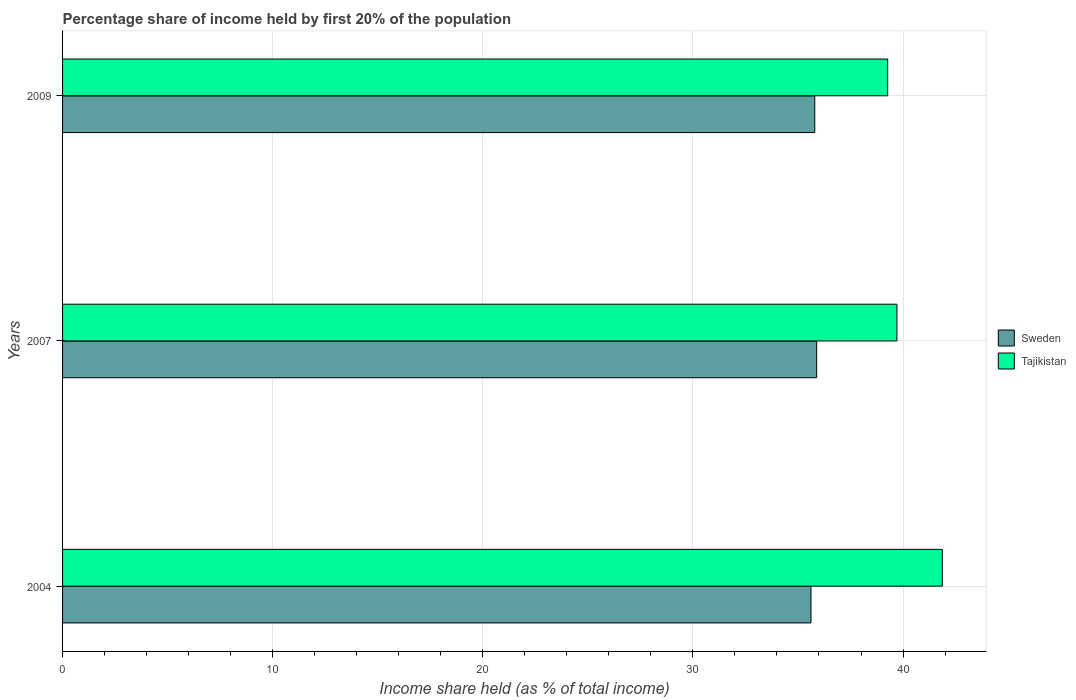
| Years | Sweden | Tajikistan |
 | --- | --- | --- |
 | 2004 | 35.6 | 41.9 |
 | 2007 | 35.9 | 39.7 |
 | 2009 | 35.8 | 39.3 |